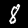
Label: 8